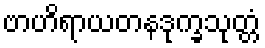
ဗာဟိရာယတနဒုက္ခသုတ္တံ